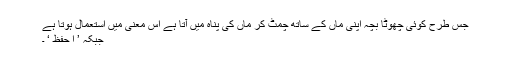
جس طرح کوئی چھوٹا بچہ اپنی ماں کے ساتھ چمٹ کر ماں کی پناہ میں آتا ہے اس معنی میں استعمال ہوتا ہے
جبکہ ’ ا حفظ ‘ ۔